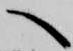
へ